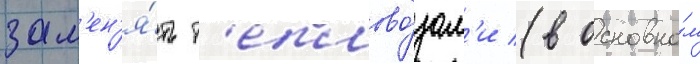
зам'ен'я́ть т'еплово́зам'и (в основно́м